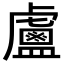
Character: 𥃈